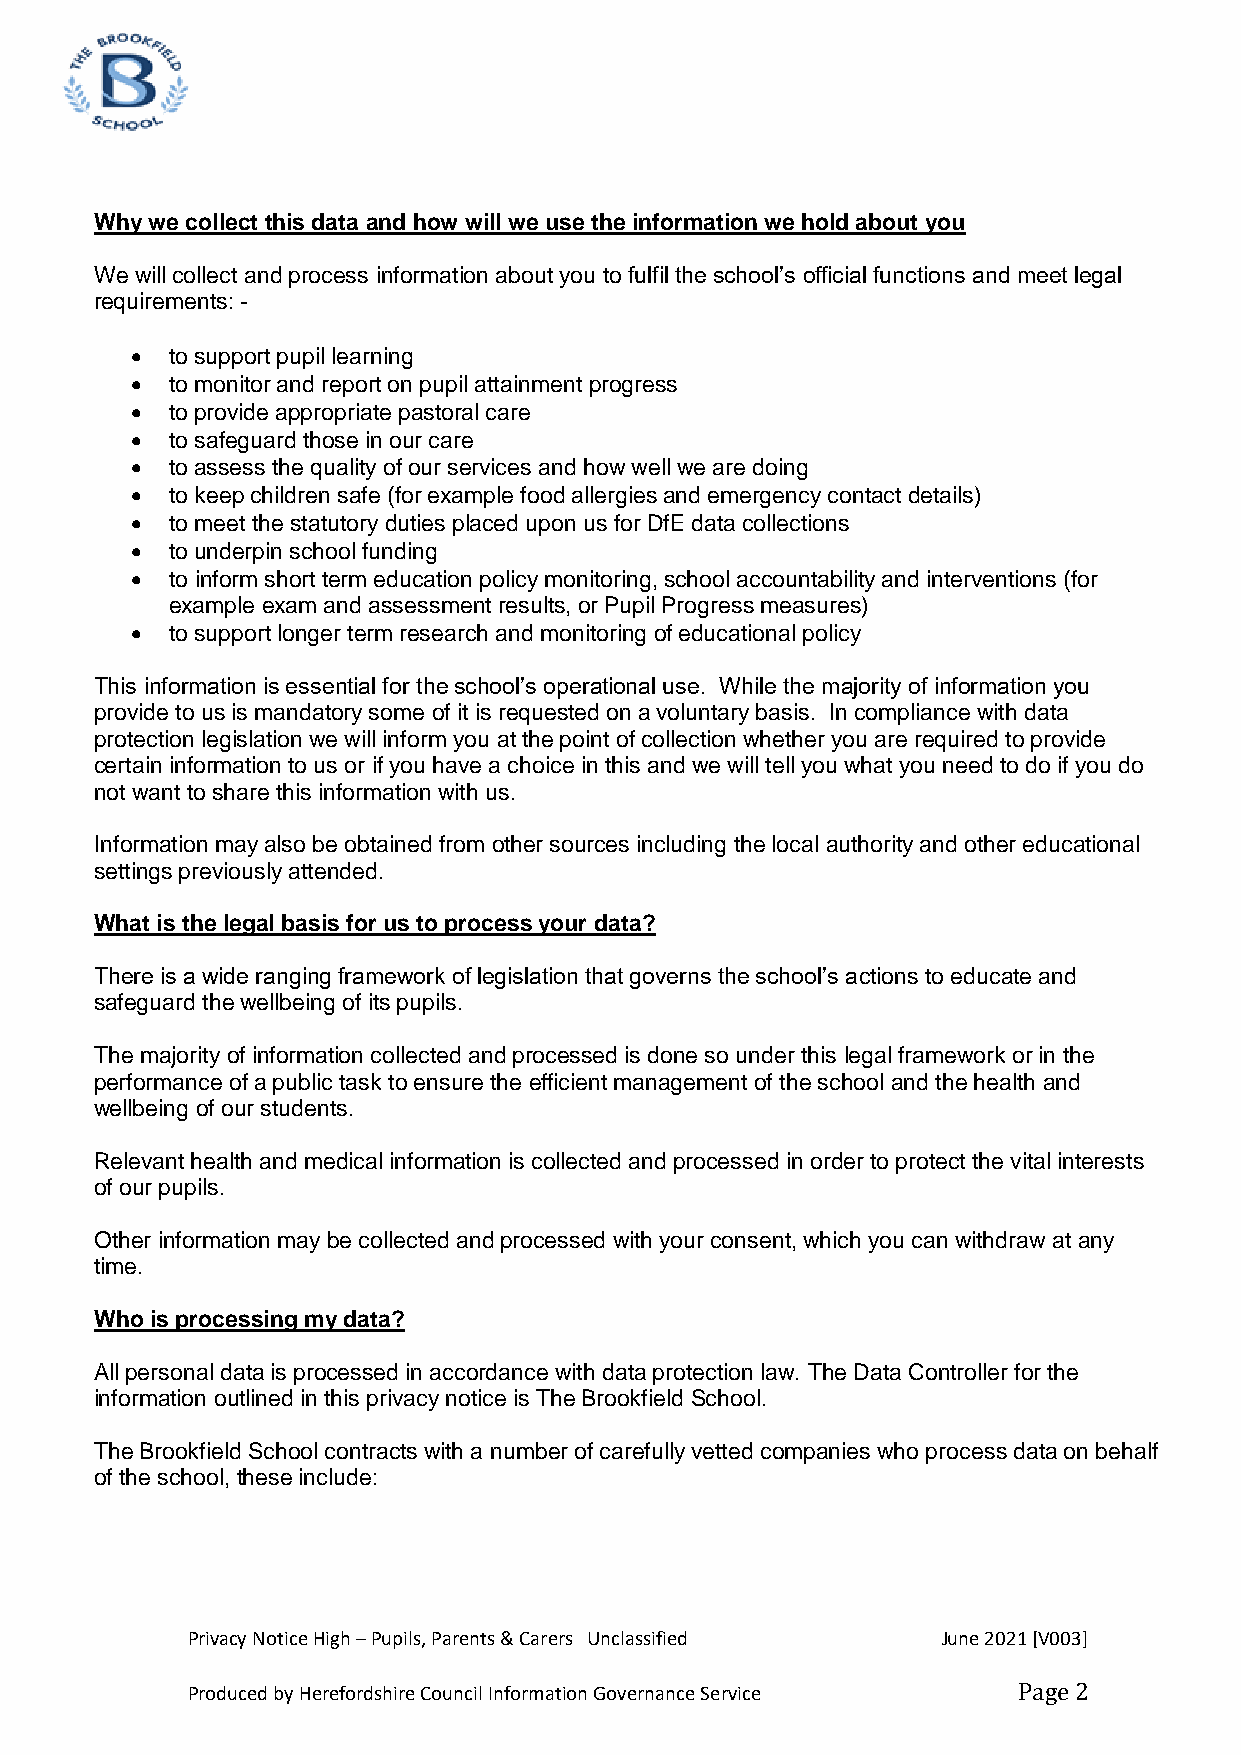
Why we collect this data and how will we use the information we hold about you
 We will collect and process information about you to fulfil the school’s official functions and meet legal
 requirements: -
  to support pupil learning
  to monitor and report on pupil attainment progress
  to provide appropriate pastoral care
  to safeguard those in our care
  to assess the quality of our services and how well we are doing
  to keep children safe (for example food allergies and emergency contact details)
  to meet the statutory duties placed upon us for DfE data collections
  to underpin school funding
  to inform short term education policy monitoring, school accountability and interventions (for
 example exam and assessment results, or Pupil Progress measures)
  to support longer term research and monitoring of educational policy
 This information is essential for the school’s operational use. While the majority of information you
 provide to us is mandatory some of it is requested on a voluntary basis. In compliance with data
 protection legislation we will inform you at the point of collection whether you are required to provide
 certain information to us or if you have a choice in this and we will tell you what you need to do if you do
 not want to share this information with us.
 Information may also be obtained from other sources including the local authority and other educational
 settings previously attended.
 What is the legal basis for us to process your data?
 There is a wide ranging framework of legislation that governs the school’s actions to educate and
 safeguard the wellbeing of its pupils.
 The majority of information collected and processed is done so under this legal framework or in the
 performance of a public task to ensure the efficient management of the school and the health and
 wellbeing of our students.
 Relevant health and medical information is collected and processed in order to protect the vital interests
 of our pupils.
 Other information may be collected and processed with your consent, which you can withdraw at any
 time.
 Who is processing my data?
 All personal data is processed in accordance with data protection law. The Data Controller for the
 information outlined in this privacy notice is The Brookfield School.
 The Brookfield School contracts with a number of carefully vetted companies who process data on behalf
 of the school, these include:
 Privacy Notice High – Pupils, Parents & Carers Unclassified June 2021 [V003]
 Produced by Herefordshire Council Information Governance Service Page 2